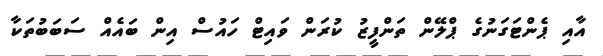
އާއި ޕެންޓަގަނުގެ ޕްލޭން ތަންފީޒު ކުރަން ވައިޓް ހައުސް އިން ބައެއް ސަބަބުތަކާ